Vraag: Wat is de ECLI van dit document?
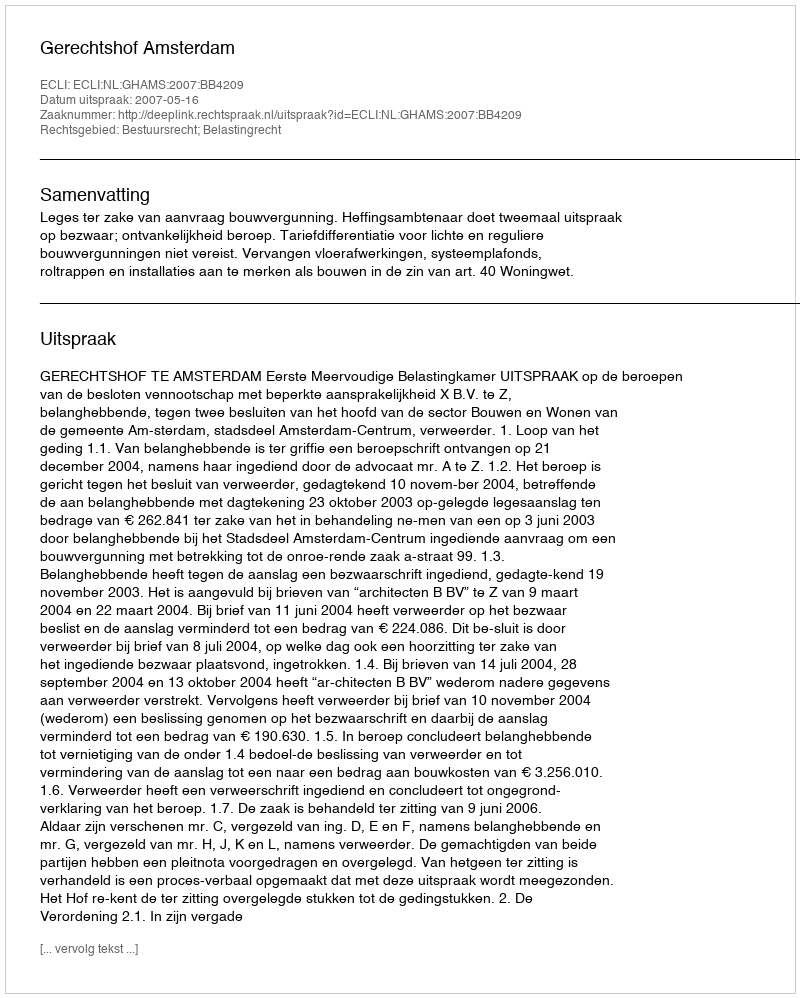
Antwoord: ECLI:NL:GHAMS:2007:BB4209